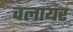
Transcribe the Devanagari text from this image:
वलायर